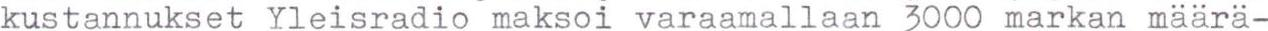
kustannukset Yleisradio maksoi varaamallaan 3000 markan määrä-